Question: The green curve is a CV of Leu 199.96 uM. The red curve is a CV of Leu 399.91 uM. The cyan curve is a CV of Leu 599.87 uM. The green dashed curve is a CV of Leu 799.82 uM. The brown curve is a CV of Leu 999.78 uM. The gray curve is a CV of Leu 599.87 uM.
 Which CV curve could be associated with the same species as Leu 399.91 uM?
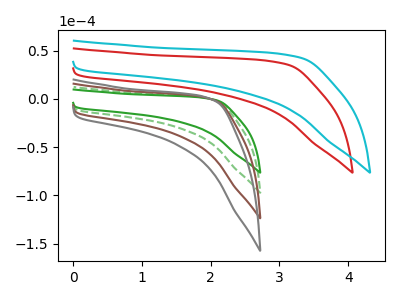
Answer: <think>The green curve "Leu 199.96 uM" has no peaks. The red curve "Leu 399.91 uM" has no peaks. The cyan curve "Leu 599.87 uM" has no peaks. The green dashed curve "Leu 799.82 uM" has no peaks. The brown curve "Leu 999.78 uM" has no peaks. The gray curve "Leu 599.87 uM" has no peaks.
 Neither "Leu 199.96 uM" or "Leu 399.91 uM" have any peaks. Neither "Leu 199.96 uM" or "Leu 599.87 uM" have any peaks. Neither "Leu 199.96 uM" or "Leu 799.82 uM" have any peaks. Neither "Leu 199.96 uM" or "Leu 999.78 uM" have any peaks. Neither "Leu 199.96 uM" or "Leu 599.87 uM" have any peaks. Neither "Leu 399.91 uM" or "Leu 599.87 uM" have any peaks. Neither "Leu 399.91 uM" or "Leu 799.82 uM" have any peaks. Neither "Leu 399.91 uM" or "Leu 999.78 uM" have any peaks. Neither "Leu 399.91 uM" or "Leu 599.87 uM" have any peaks. Neither "Leu 599.87 uM" or "Leu 799.82 uM" have any peaks. Neither "Leu 599.87 uM" or "Leu 999.78 uM" have any peaks. Neither "Leu 599.87 uM" or "Leu 599.87 uM" have any peaks. Neither "Leu 799.82 uM" or "Leu 999.78 uM" have any peaks. Neither "Leu 799.82 uM" or "Leu 599.87 uM" have any peaks. Neither "Leu 999.78 uM" or "Leu 599.87 uM" have any peaks.</think>
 <answer>"Leu 399.91 uM", "Leu 599.87 uM", "Leu 799.82 uM", "Leu 999.78 uM" and "Leu 599.87 uM" have a similar shape to "Leu 199.96 uM".</answer>
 <eval>"Leu 399.91 uM" "Leu 599.87 uM" "Leu 799.82 uM" "Leu 999.78 uM" "Leu 599.87 uM"</eval>